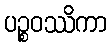
ပဉ္စဝဿိကာ